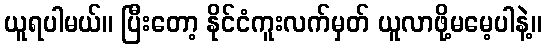
ယူရပါမယ်။ ပြီးတော့ နိုင်ငံကူးလက်မှတ် ယူလာဖို့မမေ့ပါနဲ့။